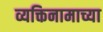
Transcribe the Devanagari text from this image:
व्यक्तिनामाच्या